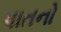
પાતનો